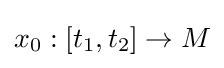
x_{0}:[t_{1},t_{2}]\to M